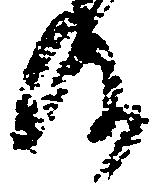
及